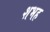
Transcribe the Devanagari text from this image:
शभह